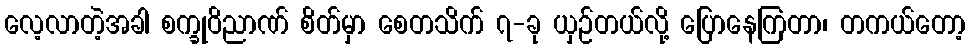
လေ့လာတဲ့အခါ စက္ခုဝိညာဏ် စိတ်မှာ စေတသိက် ၇-ခု ယှဉ်တယ်လို့ ပြောနေကြတာ၊ တကယ်တော့